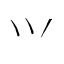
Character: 𭕄